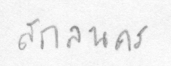
สกลนคร